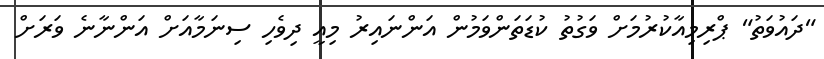
"ދައުވަތު" ޕްރިމިއާކުރުމަށް ވަގުތު ކުޑަތަންވަމުން އަންނައިރު މިއީ ދިވެހި ސިނަމާއަށް އަންނާނެ ވަރަށް